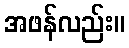
အဖန်လည်း။